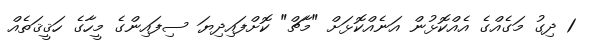
1 ދިގު މަގެއްގެ އެއްކޮޅުން އަނެއްކޮޅަށް "މާޗް" ކޮށްފައިދިޔަ ސިފައިންގެ މީހާގެ ހަޤީޤަތެއް